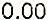
0.00